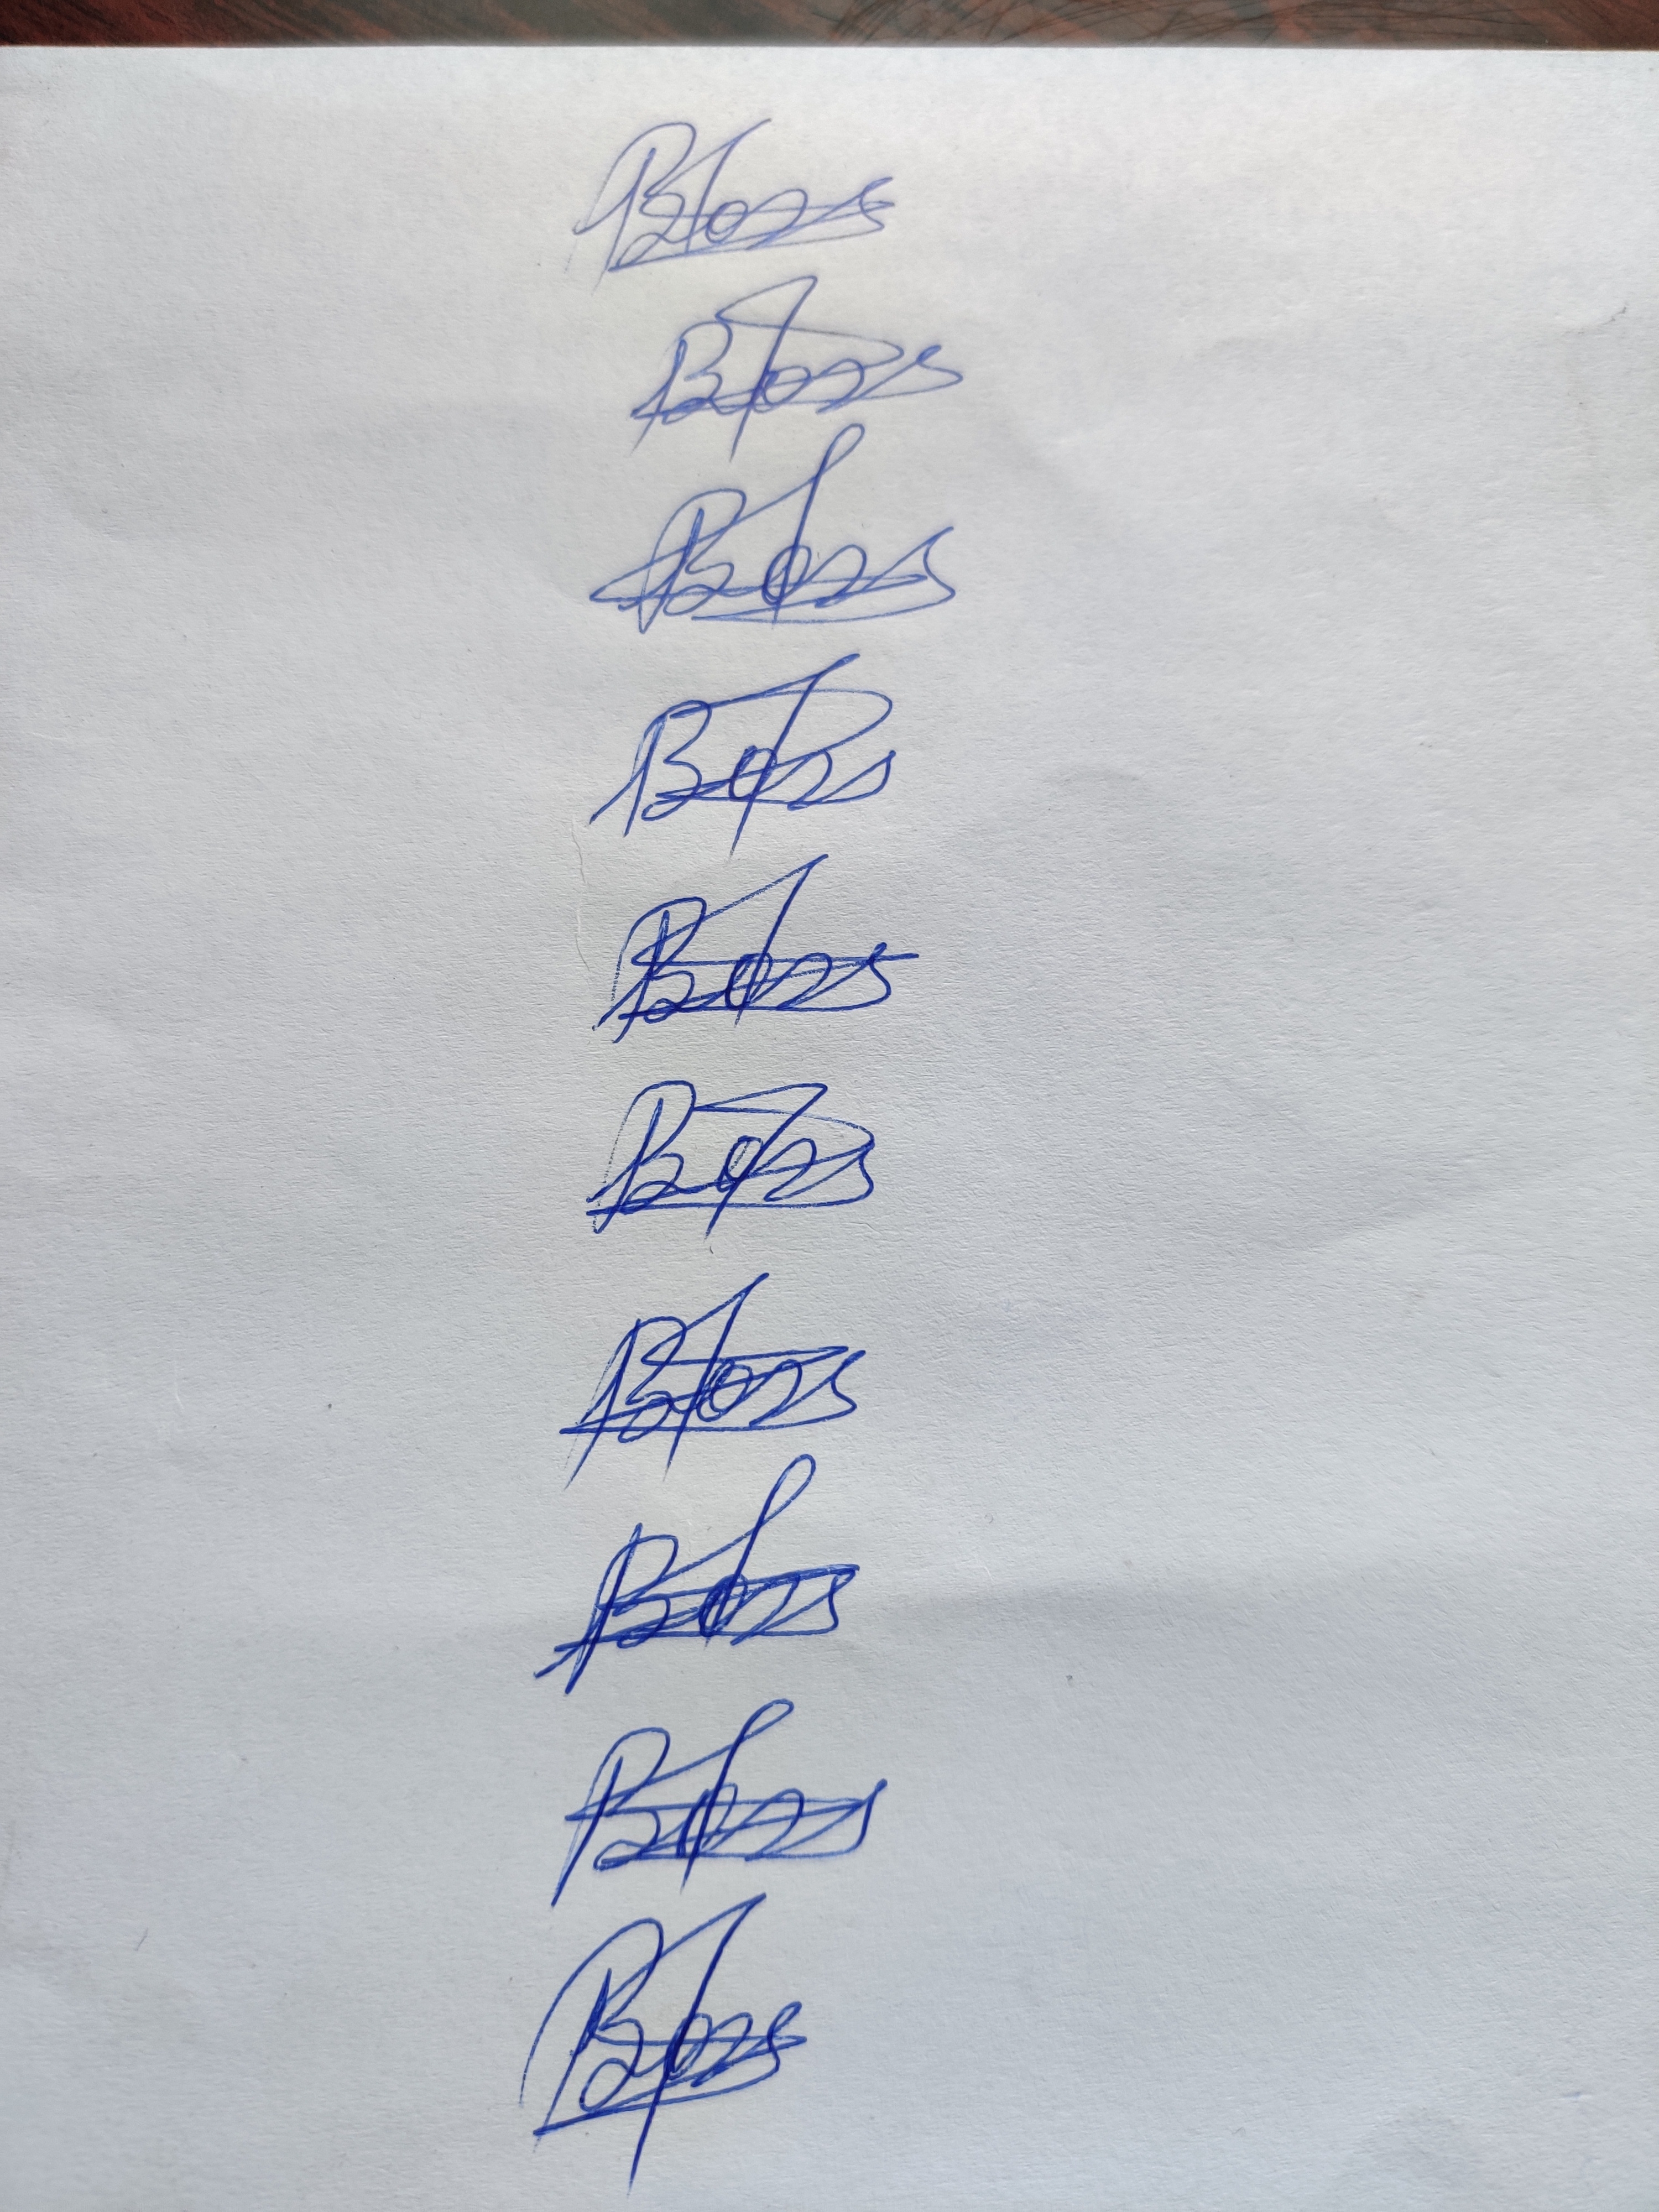
Signature authenticity: genuine